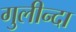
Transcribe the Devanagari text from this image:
गुलीन्दा